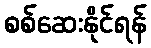
စစ်ဆေးနိုင်ရန်